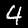
Label: 4